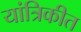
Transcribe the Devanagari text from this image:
यांत्रिकीत